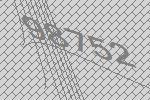
98752